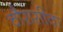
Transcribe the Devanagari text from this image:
चौरासीवां